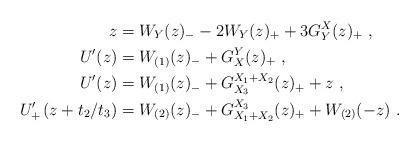
LaTeX: \begin{align*}z&=W_Y(z)_--2W_Y(z)_++3G_Y^X(z)_+\ ,\\U'(z)&=W_{(1)}(z)_-+G_X^Y(z)_+\ ,\\U'(z)&=W_{(1)}(z)_-+G_{X_3}^{X_1+X_2}(z)_++z\ ,\\U'_+\left(z+t_2/t_3\right)&=W_{(2)}(z)_-+G_{X_1+X_2}^{X_3}(z)_++W_{(2)}(-z)\ .\end{align*}